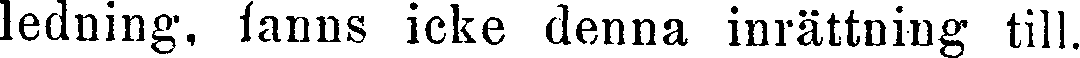
ledning, fanns icke denna inrättning till.